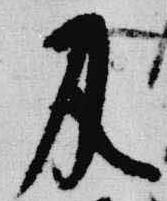
及